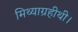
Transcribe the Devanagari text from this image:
मिथ्याग्रहीथी।